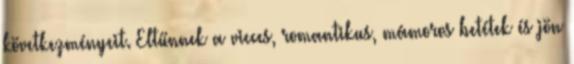
következményeit. Eltűnnek a vicces, romantikus, mámoros betétek és jön